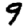
Digit: 9